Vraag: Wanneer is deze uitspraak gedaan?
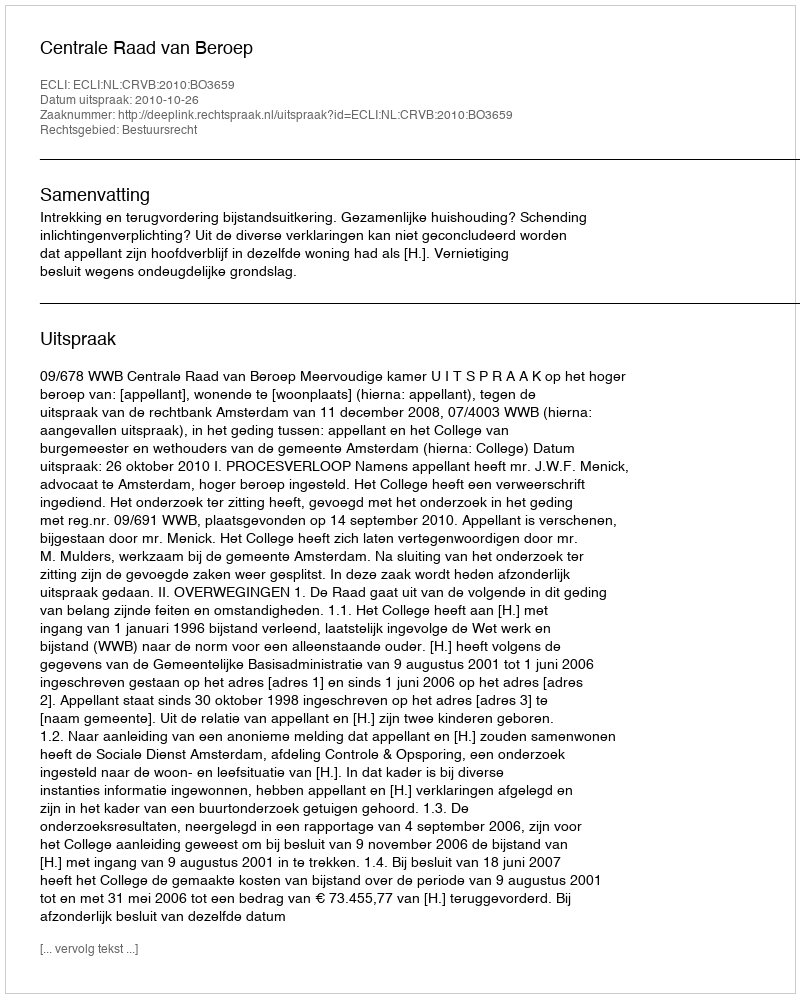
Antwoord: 2010-10-26